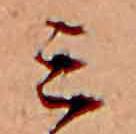
ミ